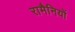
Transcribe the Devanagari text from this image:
रामैनियों